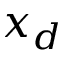
x _ { d }